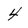
Character: 4